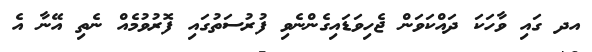
އދ ގައި ވާހަކަ ދައްކަވަން ޖެހިވަޑައިގެންނެވި ފުރުސަތުގައި ފޮރުވުމެއް ނެތި އޭނާ އެ